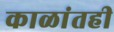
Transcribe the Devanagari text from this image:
काळांतही